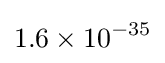
1.6\times 10^{-35}